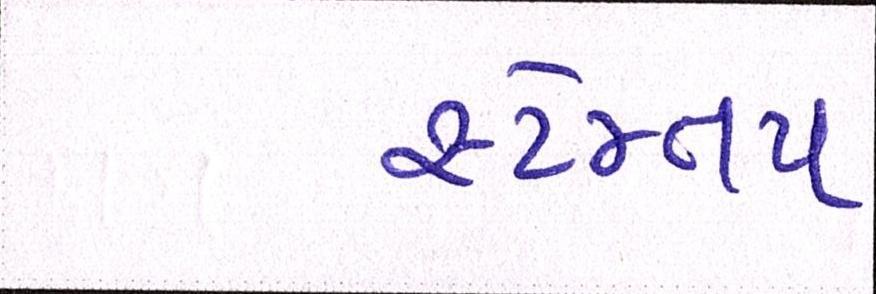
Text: સ્ટેમ્તપ